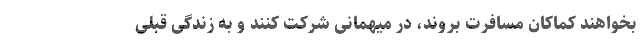
بخواهند کماکان مسافرت بروند، در میهمانی شرکت کنند و به زندگی قبلی